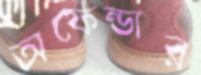
অফেন্ডার